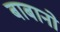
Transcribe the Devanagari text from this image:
बाबानो